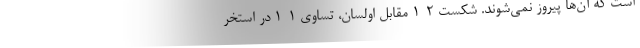
است که آن‌ها پیروز نمی‌شوند. شکست 2-1 مقابل اولسان، تساوی 1-1 در استخر